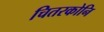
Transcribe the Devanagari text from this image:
चितरकोनि